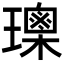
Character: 𤪒